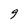
Character: 9